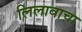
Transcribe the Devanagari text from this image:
लिलावाचा